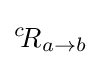
{}^{c}\!R_{a\rightarrow b}